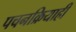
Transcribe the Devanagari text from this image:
पचनक्रियाही